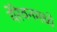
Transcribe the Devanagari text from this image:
येरेवनमध्ये